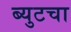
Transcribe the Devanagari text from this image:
ब्युटचा